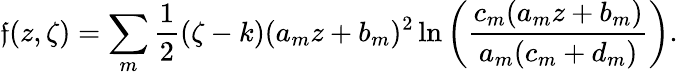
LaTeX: \mathfrak{f}(z,\zeta)=\sum_{m}\frac{{1}}{{2}}(\zeta-k)(a_{m}z+b_{m})^{2}\ln\left(\frac{{c_{m}(a_{m}z+b_{m})}}{{a_{m}(c_{m}+d_{m})}}\right).